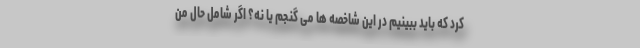
کرد که باید ببینیم در این شاخصه ها می گنجم یا نه؟ اگر شامل حال من